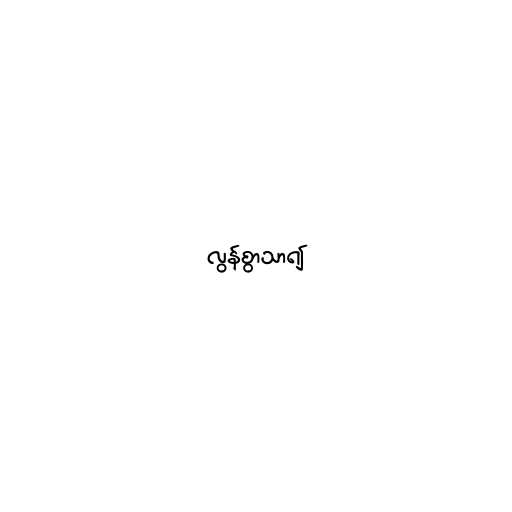
လွန်စွာသာ၍